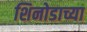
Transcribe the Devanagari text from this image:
शिनोडाच्या